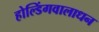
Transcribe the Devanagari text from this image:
होल्डिंगवालाधन